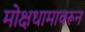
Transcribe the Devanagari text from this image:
मोक्षधामावरून